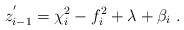
\begin{align*}z_{i-1}^{'}=\chi_i^2-f_i^2+\lambda+\beta_i ~.\end{align*}